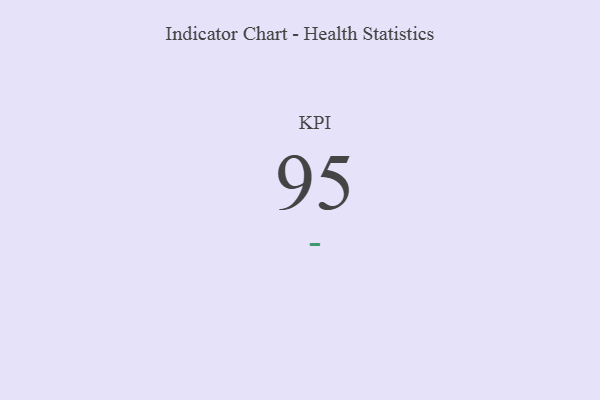
{"axis": {"x": "KPI", "y": "Value"}, "legend": [""], "data": [{"x": "KPI", "y": 95, "type": ""}]}